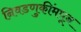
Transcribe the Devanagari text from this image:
निवडणुकींमधून